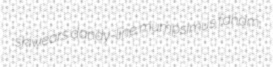
skiwears dandy-line mumpsimus faham